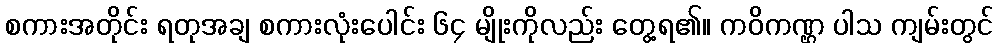
စကားအတိုင်း ရတုအချ စကားလုံးပေါင်း ၆၄ မျိုးကိုလည်း တွေ့ရ၏။ ကဝိကဏ္ဌ ပါသ ကျမ်းတွင်